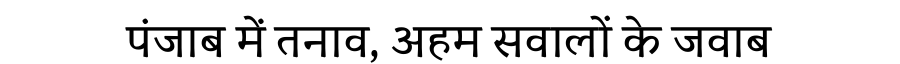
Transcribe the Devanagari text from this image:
पंजाब में तनाव, अहम सवालों के जवाब